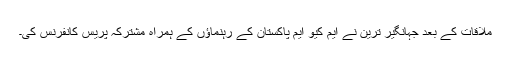
ملاقات کے بعد جہانگیر ترین نے ایم کیو ایم پاکستان کے رہنماؤں کے ہمراہ مشترکہ پریس کانفرنس کی۔